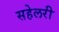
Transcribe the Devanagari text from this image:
सहेलरी